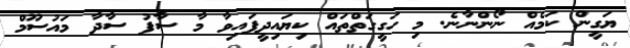
ޔަގީން ކަމެއް ނޯންނާނެ. މި ހަގީގަތްތައް ކިޔައިދީފައިވާ މާ ސާފު ސާދާ މައުސޫމް